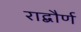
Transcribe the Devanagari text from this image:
राद्बौर्ण